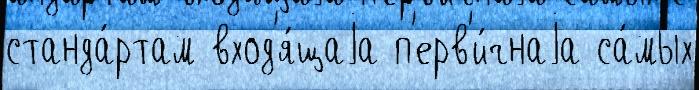
станда́ртам вход'я́щаjа п'ерв'и́чнаjа са́мых